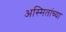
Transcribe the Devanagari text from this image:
अस्मितांच्या